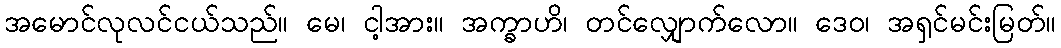
အမောင်လုလင်ငယ်သည်။ မေ၊ ငါ့အား။ အက္ခာဟိ၊ တင်လျှောက်လော။ ဒေဝ၊ အရှင်မင်းမြတ်။